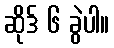
ဆိုဒ် ၆ ခွဲပါ။